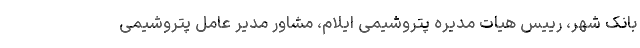
بانک شهر، رییس هیات مدیره پتروشیمی ایلام، مشاور مدیر عامل پتروشیمی